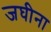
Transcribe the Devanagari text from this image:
जघीना